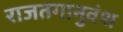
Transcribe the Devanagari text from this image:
राजतगानुवंश